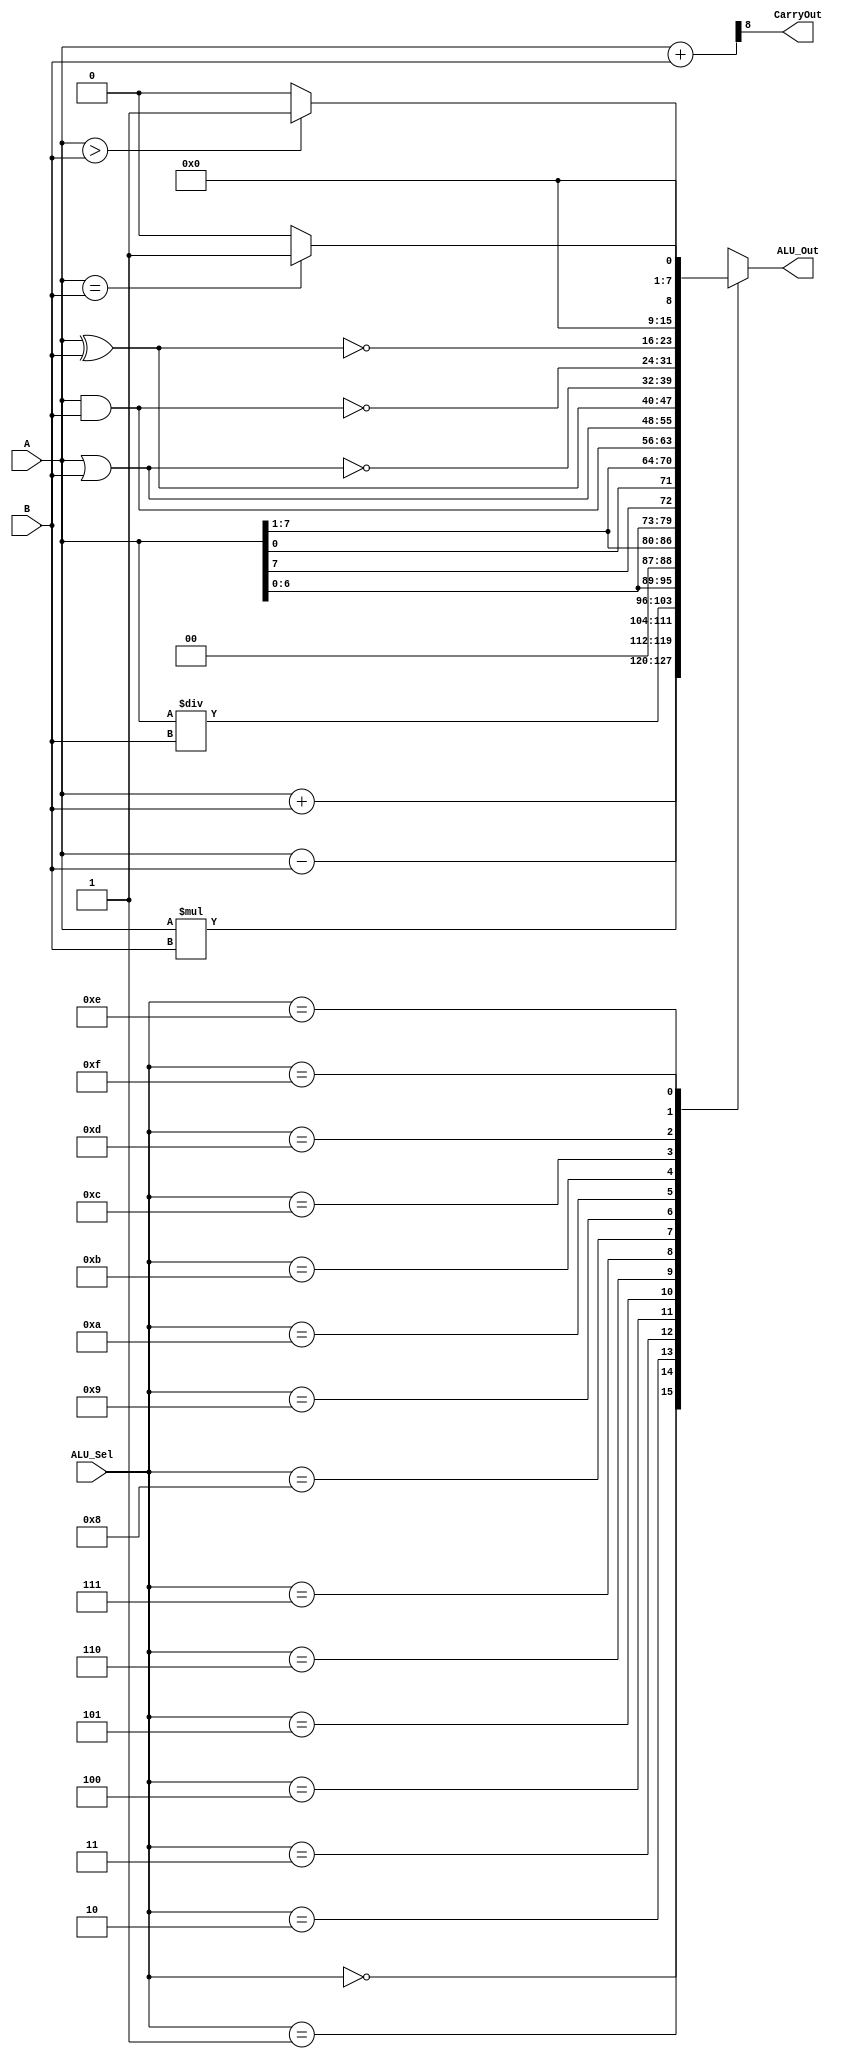
/* ALU Arithmetic and Logic Operations
----------------------------------------------------------------------
|ALU_Sel|   ALU Operation
----------------------------------------------------------------------
| 0000  |   ALU_Out = A + B;
----------------------------------------------------------------------
| 0001  |   ALU_Out = A - B;
----------------------------------------------------------------------
| 0010  |   ALU_Out = A * B;
----------------------------------------------------------------------
| 0011  |   ALU_Out = A / B;
----------------------------------------------------------------------
| 0100  |   ALU_Out = A << 1;
----------------------------------------------------------------------
| 0101  |   ALU_Out = A >> 1;
----------------------------------------------------------------------
| 0110  |   ALU_Out = A rotated left by 1;
----------------------------------------------------------------------
| 0111  |   ALU_Out = A rotated right by 1;
----------------------------------------------------------------------
| 1000  |   ALU_Out = A and B;
----------------------------------------------------------------------
| 1001  |   ALU_Out = A or B;
----------------------------------------------------------------------
| 1010  |   ALU_Out = A xor B;
----------------------------------------------------------------------
| 1011  |   ALU_Out = A nor B;
----------------------------------------------------------------------
| 1100  |   ALU_Out = A nand B;
----------------------------------------------------------------------
| 1101  |   ALU_Out = A xnor B;
----------------------------------------------------------------------
| 1110  |   ALU_Out = 1 if A>B else 0;
----------------------------------------------------------------------
| 1111  |   ALU_Out = 1 if A=B else 0;
----------------------------------------------------------------------*/



module alu(
           input [7:0] A,B,  // ALU 8-bit Inputs                 
           input [3:0] ALU_Sel,// ALU Selection
           output [7:0] ALU_Out, // ALU 8-bit Output
           output CarryOut // Carry Out Flag
    );
    reg [7:0] ALU_Result;
    wire [8:0] tmp;
    assign ALU_Out = ALU_Result; // ALU out
    assign tmp = {1'b0,A} + {1'b0,B};
    assign CarryOut = tmp[8]; // Carryout flag
    always @(*)
    begin
        case(ALU_Sel)
        4'b0000: // Addition
           ALU_Result = A + B ; 
        4'b0001: // Subtraction
           ALU_Result = A - B ;
        4'b0010: // Multiplication
           ALU_Result = A * B;
        4'b0011: // Division
           ALU_Result = A/B;
        4'b0100: // Logical shift left
           ALU_Result = A<<1;
         4'b0101: // Logical shift right
           ALU_Result = A>>1;
         4'b0110: // Rotate left
           ALU_Result = {A[6:0],A[7]};
         4'b0111: // Rotate right
           ALU_Result = {A[0],A[7:1]};
          4'b1000: //  Logical and 
           ALU_Result = A & B;
          4'b1001: //  Logical or
           ALU_Result = A | B;
          4'b1010: //  Logical xor 
           ALU_Result = A ^ B;
          4'b1011: //  Logical nor
           ALU_Result = ~(A | B);
          4'b1100: // Logical nand 
           ALU_Result = ~(A & B);
          4'b1101: // Logical xnor
           ALU_Result = ~(A ^ B);
          4'b1110: // Greater comparison
           ALU_Result = (A>B)?8'd1:8'd0 ;
          4'b1111: // Equal comparison   
            ALU_Result = (A==B)?8'd1:8'd0 ;
          default: ALU_Result = A + B ; 
        endcase
    end

endmodule